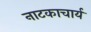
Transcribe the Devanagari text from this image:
नाटकाचार्य